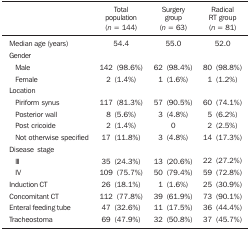
<table><thead><tr><td><b> </b></td><td><b>Total</b></td><td><b>Surgery</b></td><td><b>Radical</b></td></tr><tr><td><b> </b></td><td><b>population</b></td><td><b>group</b></td><td><b>RT group</b></td></tr><tr><td><b> </b></td><td><b>(<i>n</i> = 144)</b></td><td><b>(<i>n</i> = 63)</b></td><td><b>(<i>n</i> = 81)</b></td></tr></thead><tbody><tr><td>Median age (years)</td><td>54.4</td><td>55.0</td><td>52.0</td></tr><tr><td>Gender</td><td> </td><td> </td><td> </td></tr><tr><td>Male</td><td>142 (98.6%)</td><td>62 (98.4%)</td><td>80 (98.8%)</td></tr><tr><td>Female</td><td>2 (1.4%)</td><td>1 (1.6%)</td><td>1 (1.2%)</td></tr><tr><td>Location</td><td> </td><td> </td><td> </td></tr><tr><td>Piriform synus</td><td>117 (81.3%)</td><td>57 (90.5%)</td><td>60 (74.1%)</td></tr><tr><td>Posterior wall</td><td>8 (5.6%)</td><td>3 (4.8%)</td><td>5 (6.2%)</td></tr><tr><td>Post cricoide</td><td>2 (1.4%)</td><td>0</td><td>2 (2.5%)</td></tr><tr><td>Not otherwisespecified</td><td>17 (11.8%)</td><td>3 (4.8%)</td><td>14 (17.3%)</td></tr><tr><td>Disease stage</td><td> </td><td> </td><td> </td></tr><tr><td>III</td><td>35 (24.3%)</td><td>13 (20.6%)</td><td>22 (27.2%)</td></tr><tr><td>IV</td><td>109 (75.7%)</td><td>50 (79.4%)</td><td>59 (72.8%)</td></tr><tr><td>Induction CT</td><td>26 (18.1%)</td><td>1 (1.6%)</td><td>25 (30.9%)</td></tr><tr><td>Concomitant CT</td><td>112 (77.8%)</td><td>39 (61.9%)</td><td>73 (90.1%)</td></tr><tr><td>Enteral feeding tube</td><td>47 (32.6%)</td><td>11 (17.5%)</td><td>36 (44.4%)</td></tr><tr><td>Tracheostoma</td><td>69 (47.9%)</td><td>32 (50.8%)</td><td>37 (45.7%)</td></tr></tbody></table>